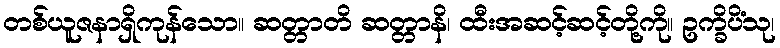
တစ်ယူဇနာရှိကုန်သော။ ဆတ္တာတိ ဆတ္တာနိ၊ ထီးအဆင့်ဆင့်တို့ကို။ ဥက္ခိပိံသု၊